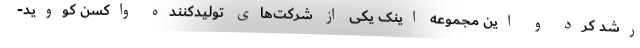
رشد کرد و این مجموعه اینک یکی از شرکت‌های تولیدکننده واکسن کووید-